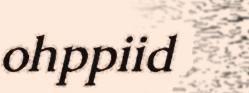
ohppiid